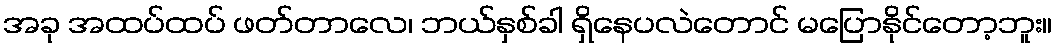
အခု အထပ်ထပ် ဖတ်တာလေ၊ ဘယ်နှစ်ခါ ရှိနေပလဲတောင် မပြောနိုင်တော့ဘူး။